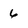
Character: 6